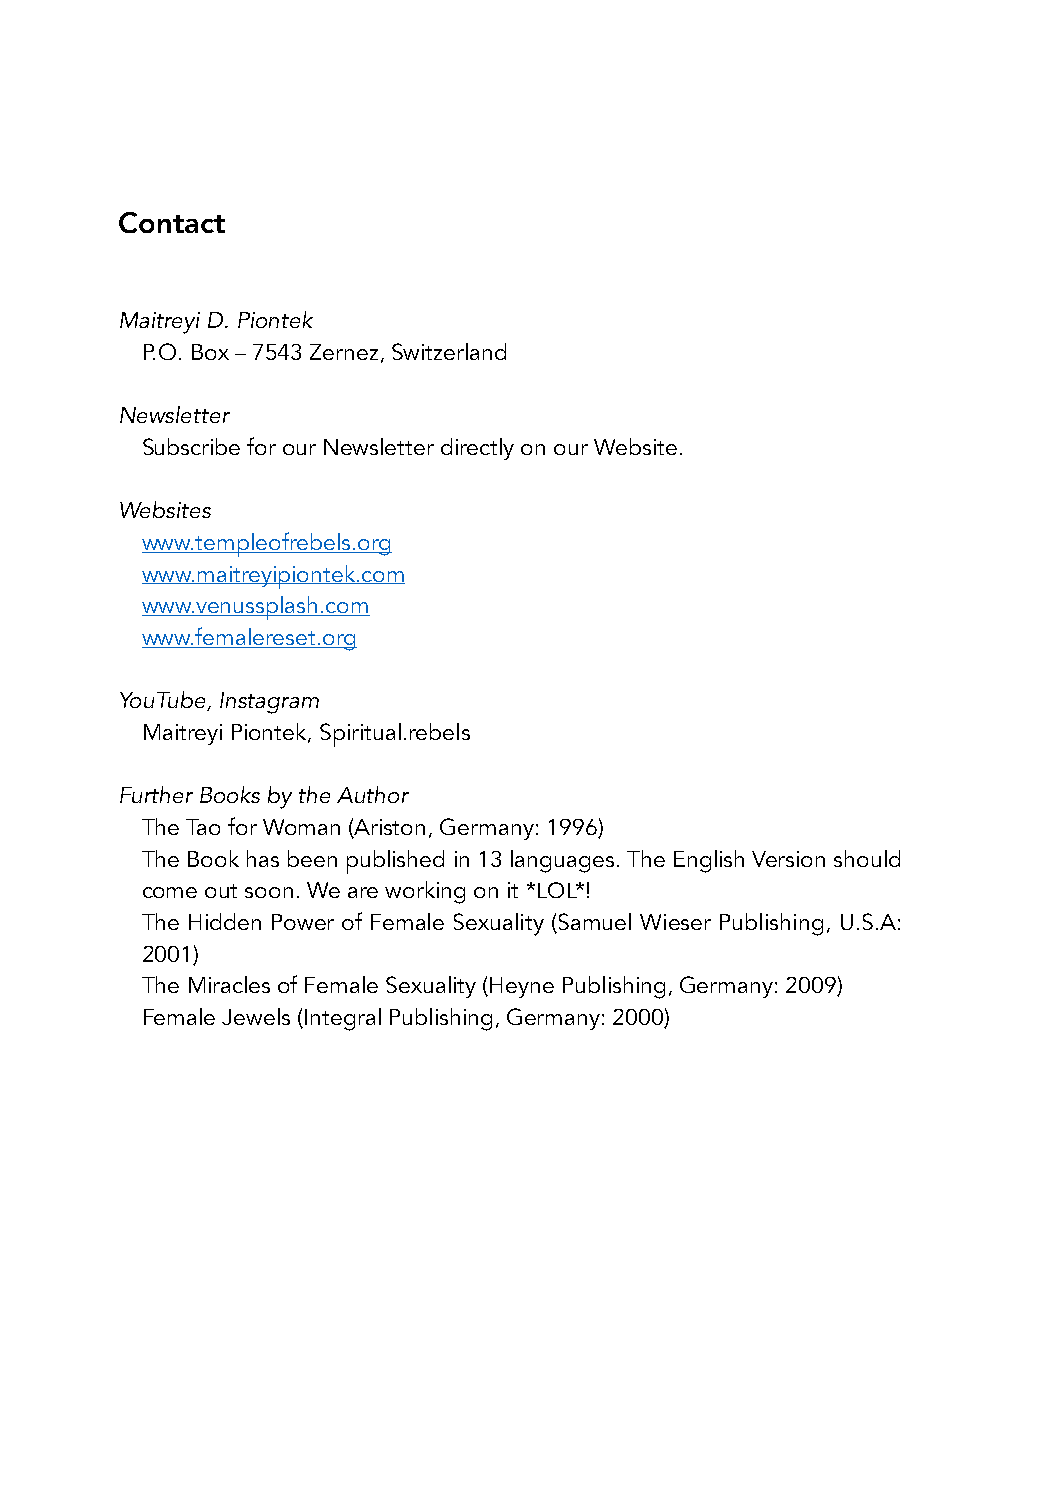
Contact
 Maitreyi D. Piontek
 P.O. Box – 7543 Zernez, Switzerland
 Newsletter
 Subscribe for our Newsletter directly on our Website.
 Websites
 www.templeofrebels.org
 www.maitreyipiontek.com
 www.venussplash.com
 www.femalereset.org
 YouTube, Instagram
 Maitreyi Piontek, Spiritual.rebels
 Further Books by the Author
 The Tao for Woman (Ariston, Germany: 1996)
 The Book has been published in 13 languages. The English Version should
 come out soon. We are working on it *LOL*!
 The Hidden Power of Female Sexuality (Samuel Wieser Publishing, U.S.A:
 2001)
 The Miracles of Female Sexuality (Heyne Publishing, Germany: 2009)
 Female Jewels (Integral Publishing, Germany: 2000)